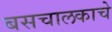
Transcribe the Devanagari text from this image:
बसचालकाचे